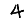
Digit: 4